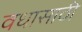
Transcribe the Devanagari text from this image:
वधासाठी